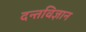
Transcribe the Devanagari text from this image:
दन्तविज्ञान